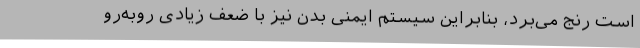
است رنج می‌برد، بنابراین سیستم ایمنی بدن نیز با ضعف زیادی روبه‌رو